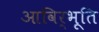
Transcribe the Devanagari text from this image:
आविर्भूति